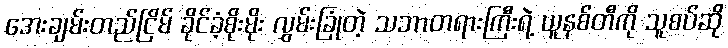
အေးချမ်းတည်ငြိမ် ခိုင်ခံ့စိုးမိုး လွှမ်းခြုံတဲ့ သဘာတရားကြီးရဲ့ ယူနစ်တီကို သူစပ်ဆို